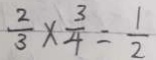
\frac { 2 } { 3 } \times \frac { 3 } { 4 } = \frac { 1 } { 2 }